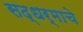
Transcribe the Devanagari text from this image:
सद्धर्माचे